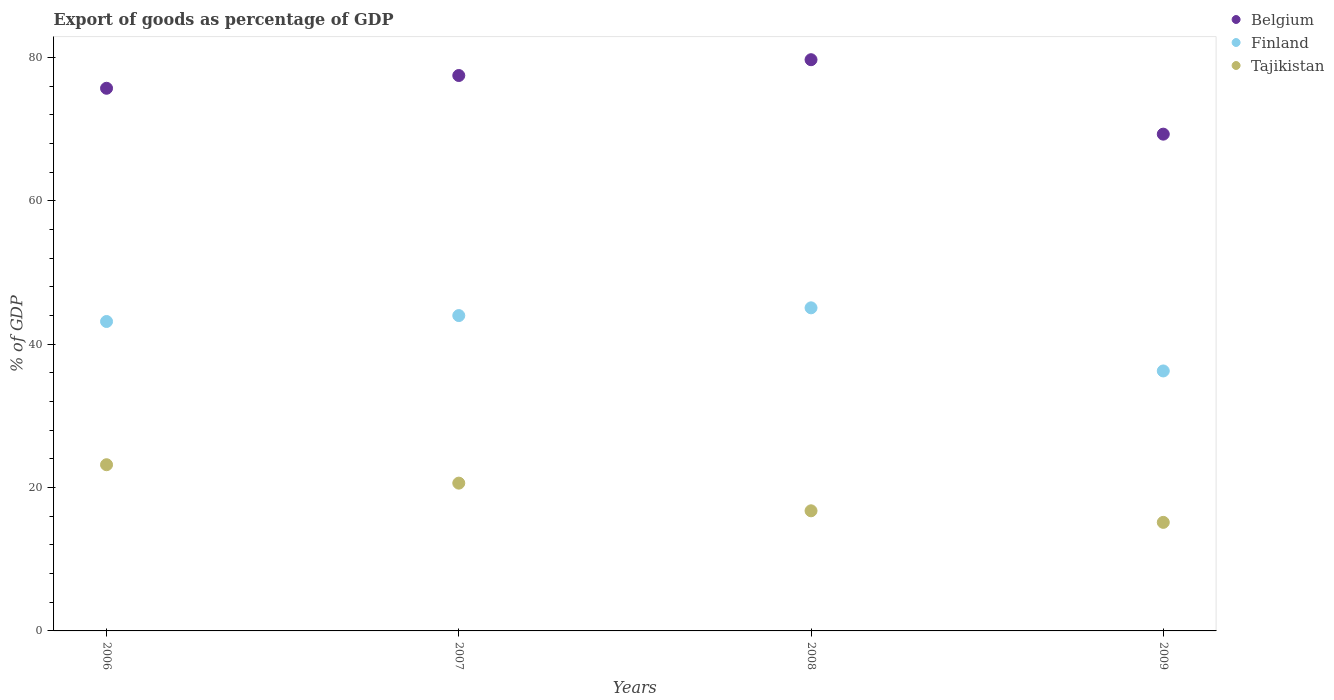
| Years | Belgium | Finland | Tajikistan |
 | --- | --- | --- | --- |
 | 2006 | 75.7 | 43.2 | 23.2 |
 | 2007 | 77.5 | 44 | 20.6 |
 | 2008 | 79.7 | 45.1 | 16.8 |
 | 2009 | 69.3 | 36.3 | 15.1 |